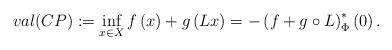
\begin{align*}val (CP) :=\inf_{x\in X}f\left(x\right)+g\left(Lx\right)=-\left(f+g\circ L\right)^{*}_\Phi\left(0\right).\end{align*}